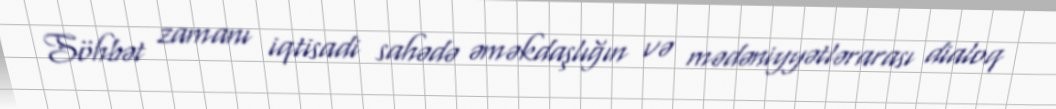
Söhbət zamanı iqtisadi sahədə əməkdaşlığın və mədəniyyətlərarası dialoq